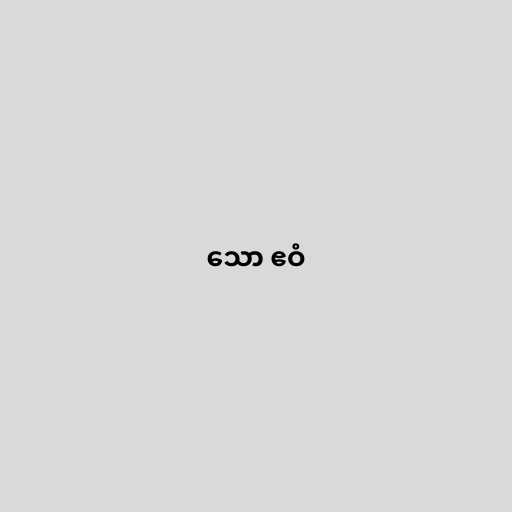
သော ဧဝံ